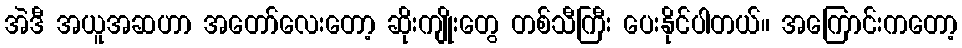
အဲဒီ အယူအဆဟာ အတော်လေးတော့ ဆိုးကျိုးတွေ တစ်သီကြီး ပေးနိုင်ပါတယ်။ အကြောင်းကတော့